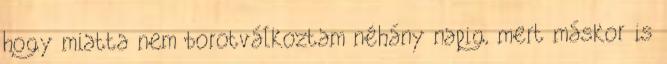
hogy miatta nem borotválkoztam néhány napig, mert máskor is